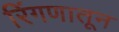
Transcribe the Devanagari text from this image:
रिंगणातून